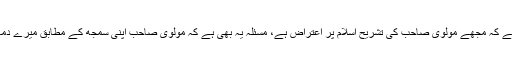
مسئلہ صرف اتنا نہیں ہے کہ مجھے مولوی صاحب کی تشریح اسلام پر اعتراض ہے، مسئلہ یہ بھی ہے کہ مولوی صاحب اپنی سمجھ کے مطابق میرے دماغ سے کھیل رہے ہیں۔